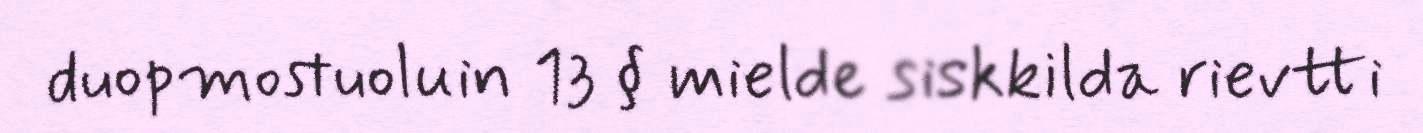
duopmostuoluin 13 § mielde siskkilda rievtti